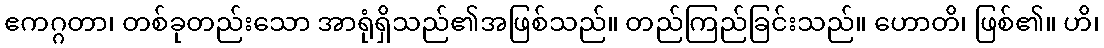
ဧကဂ္ဂတာ၊ တစ်ခုတည်းသော အာရုံရှိသည်၏အဖြစ်သည်။ တည်ကြည်ခြင်းသည်။ ဟောတိ၊ ဖြစ်၏။ ဟိ၊